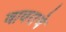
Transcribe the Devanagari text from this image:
वावराचे